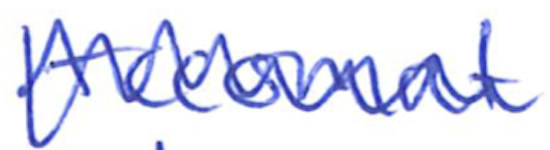
Text: Accomac
Cross-out: zig-zag
Writing tool: ballpoint